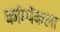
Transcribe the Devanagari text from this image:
कॉम्पॅकला